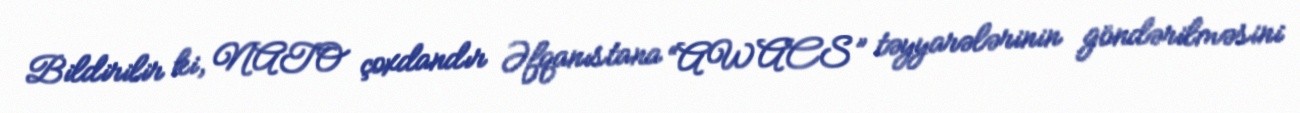
Bildirilir ki, NATO çoxdandır Əfqanıstana “AWACS” təyyarələrinin göndərilməsini